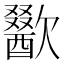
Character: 歠